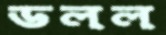
ডলল